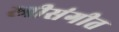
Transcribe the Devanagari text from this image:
स्त्रीसंगीत